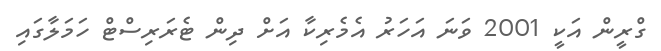
ގްރީން އަކީ 2001 ވަނަ އަހަރު އެމެރިކާ އަށް ދިން ޓެރަރިސްޓް ހަމަލާގައި